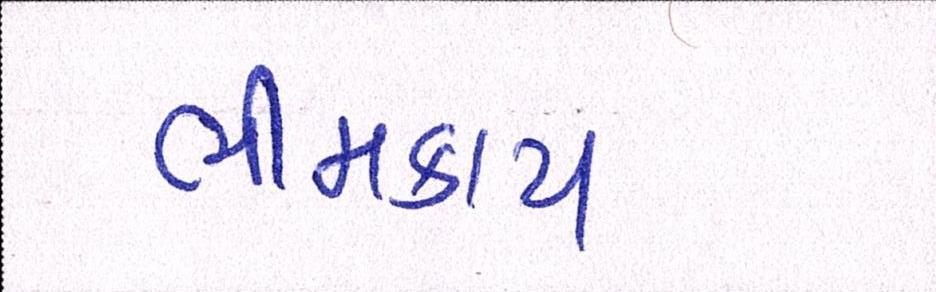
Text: ભીમકાય